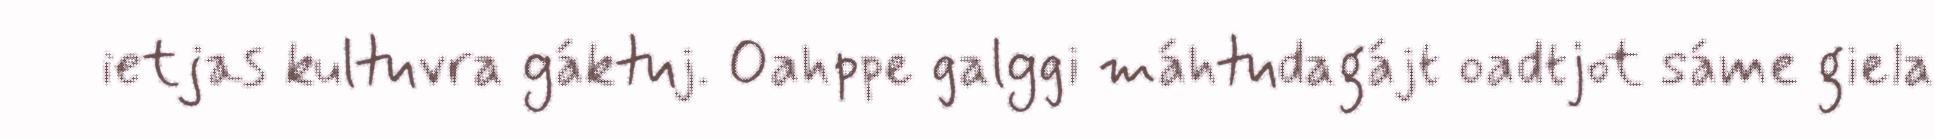
ietjas kultuvra gáktuj. Oahppe galggi máhtudagájt oadtjot sáme giela